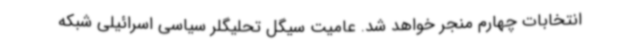
انتخابات چهارم منجر خواهد شد. عامیت سیگل تحلیگلر سیاسی اسرائیلی شبکه